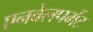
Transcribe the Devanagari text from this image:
एनवेलपमेंट